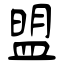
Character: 盟